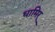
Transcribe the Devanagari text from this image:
धामिर्